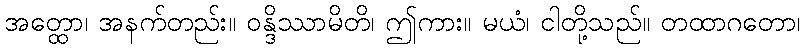
အတ္ထော၊ အနက်တည်း။ ဝန္ဒိဿာမိတိ၊ ဤကား။ မယံ၊ ငါတို့သည်။ တထာဂတော၊